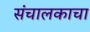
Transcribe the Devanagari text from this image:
संचालकाचा